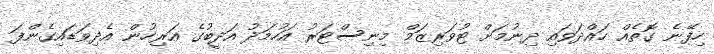
ހިފޭނެ ގޮތެއް ހައްދަވައި ދިނުމަށް ޓުވަރިޒަމް މިނިސްޓަރު އަހުމަދު އަދީބުގެ އަރިހުން އެދިވަޑައިގެންފަ